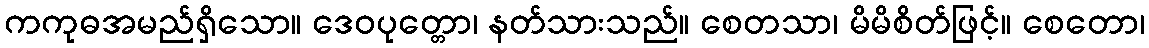
ကကုဓအမည်ရှိသော။ ဒေဝပုတ္တော၊ နတ်သားသည်။ စေတသာ၊ မိမိစိတ်ဖြင့်။ စေတော၊